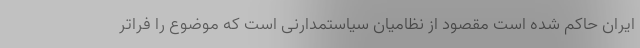
ایران حاکم شده است مقصود از نظامیان سیاستمدارنی است که موضوع را فراتر